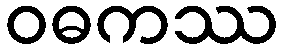
ဝဓကဿ